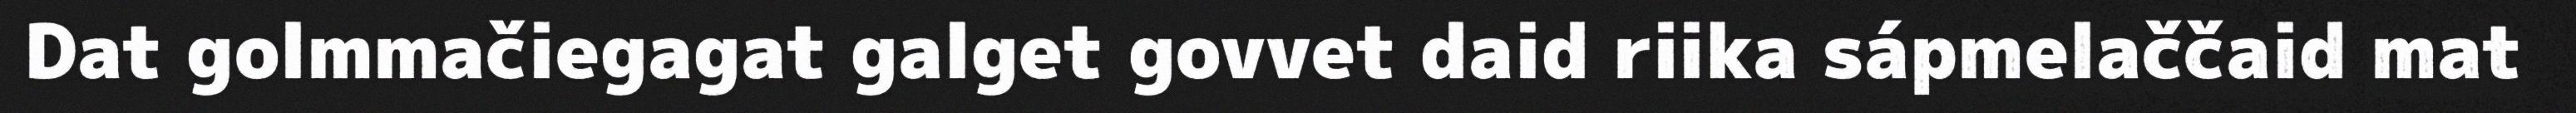
Dat golmmačiegagat galget govvet daid riika sápmelaččaid mat